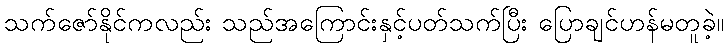
သက်ဇော်နိုင်ကလည်း သည်အကြောင်းနှင့်ပတ်သက်ပြီး ပြောချင်ဟန်မတူခဲ့။